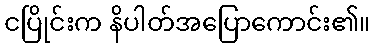
ငပြိုင်းက နိပါတ်အပြောကောင်း၏။